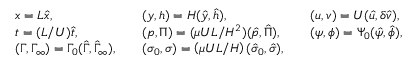
\begin{array} { l l l } { x = L \hat { x } , } & { \quad ( y , h ) = H ( \hat { y } , \hat { h } ) , } & { \quad ( u , v ) = U ( \hat { u } , \delta \hat { v } ) , } \\ { t = ( L / U ) \hat { t } , } & { \quad ( p , \Pi ) = ( \mu U L / H ^ { 2 } ) ( \hat { p } , \hat { \Pi } ) , } & { \quad ( \psi , \phi ) = \Psi _ { 0 } ( \hat { \psi } , \hat { \phi } ) , } \\ { ( \Gamma , \Gamma _ { \infty } ) = \Gamma _ { 0 } ( \hat { \Gamma } , \hat { \Gamma } _ { \infty } ) , } & { \quad ( \sigma _ { 0 } , \sigma ) = \left( \mu U L / H \right) ( \hat { \sigma } _ { 0 } , \hat { \sigma } ) , } & \end{array}